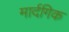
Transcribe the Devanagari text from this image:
मार्दगिक